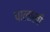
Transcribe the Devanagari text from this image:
पालाखी